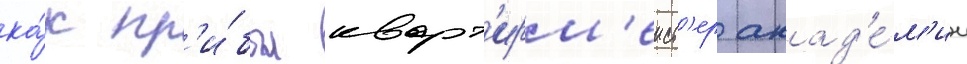
ка́к пр'и́был кварт'ирм'еист'ер акад'е́м'ии